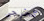
تخرجى